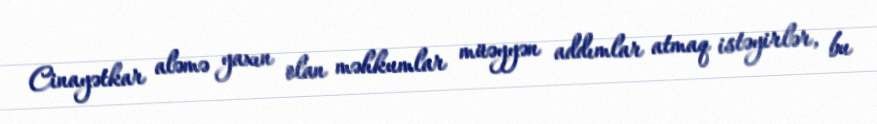
Cinayətkar aləmə yaxın olan məhkumlar müəyyən addımlar atmaq istəyirlər, bu